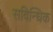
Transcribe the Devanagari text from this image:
सविन्धिक